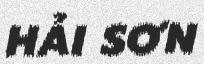
HẢI SƠN